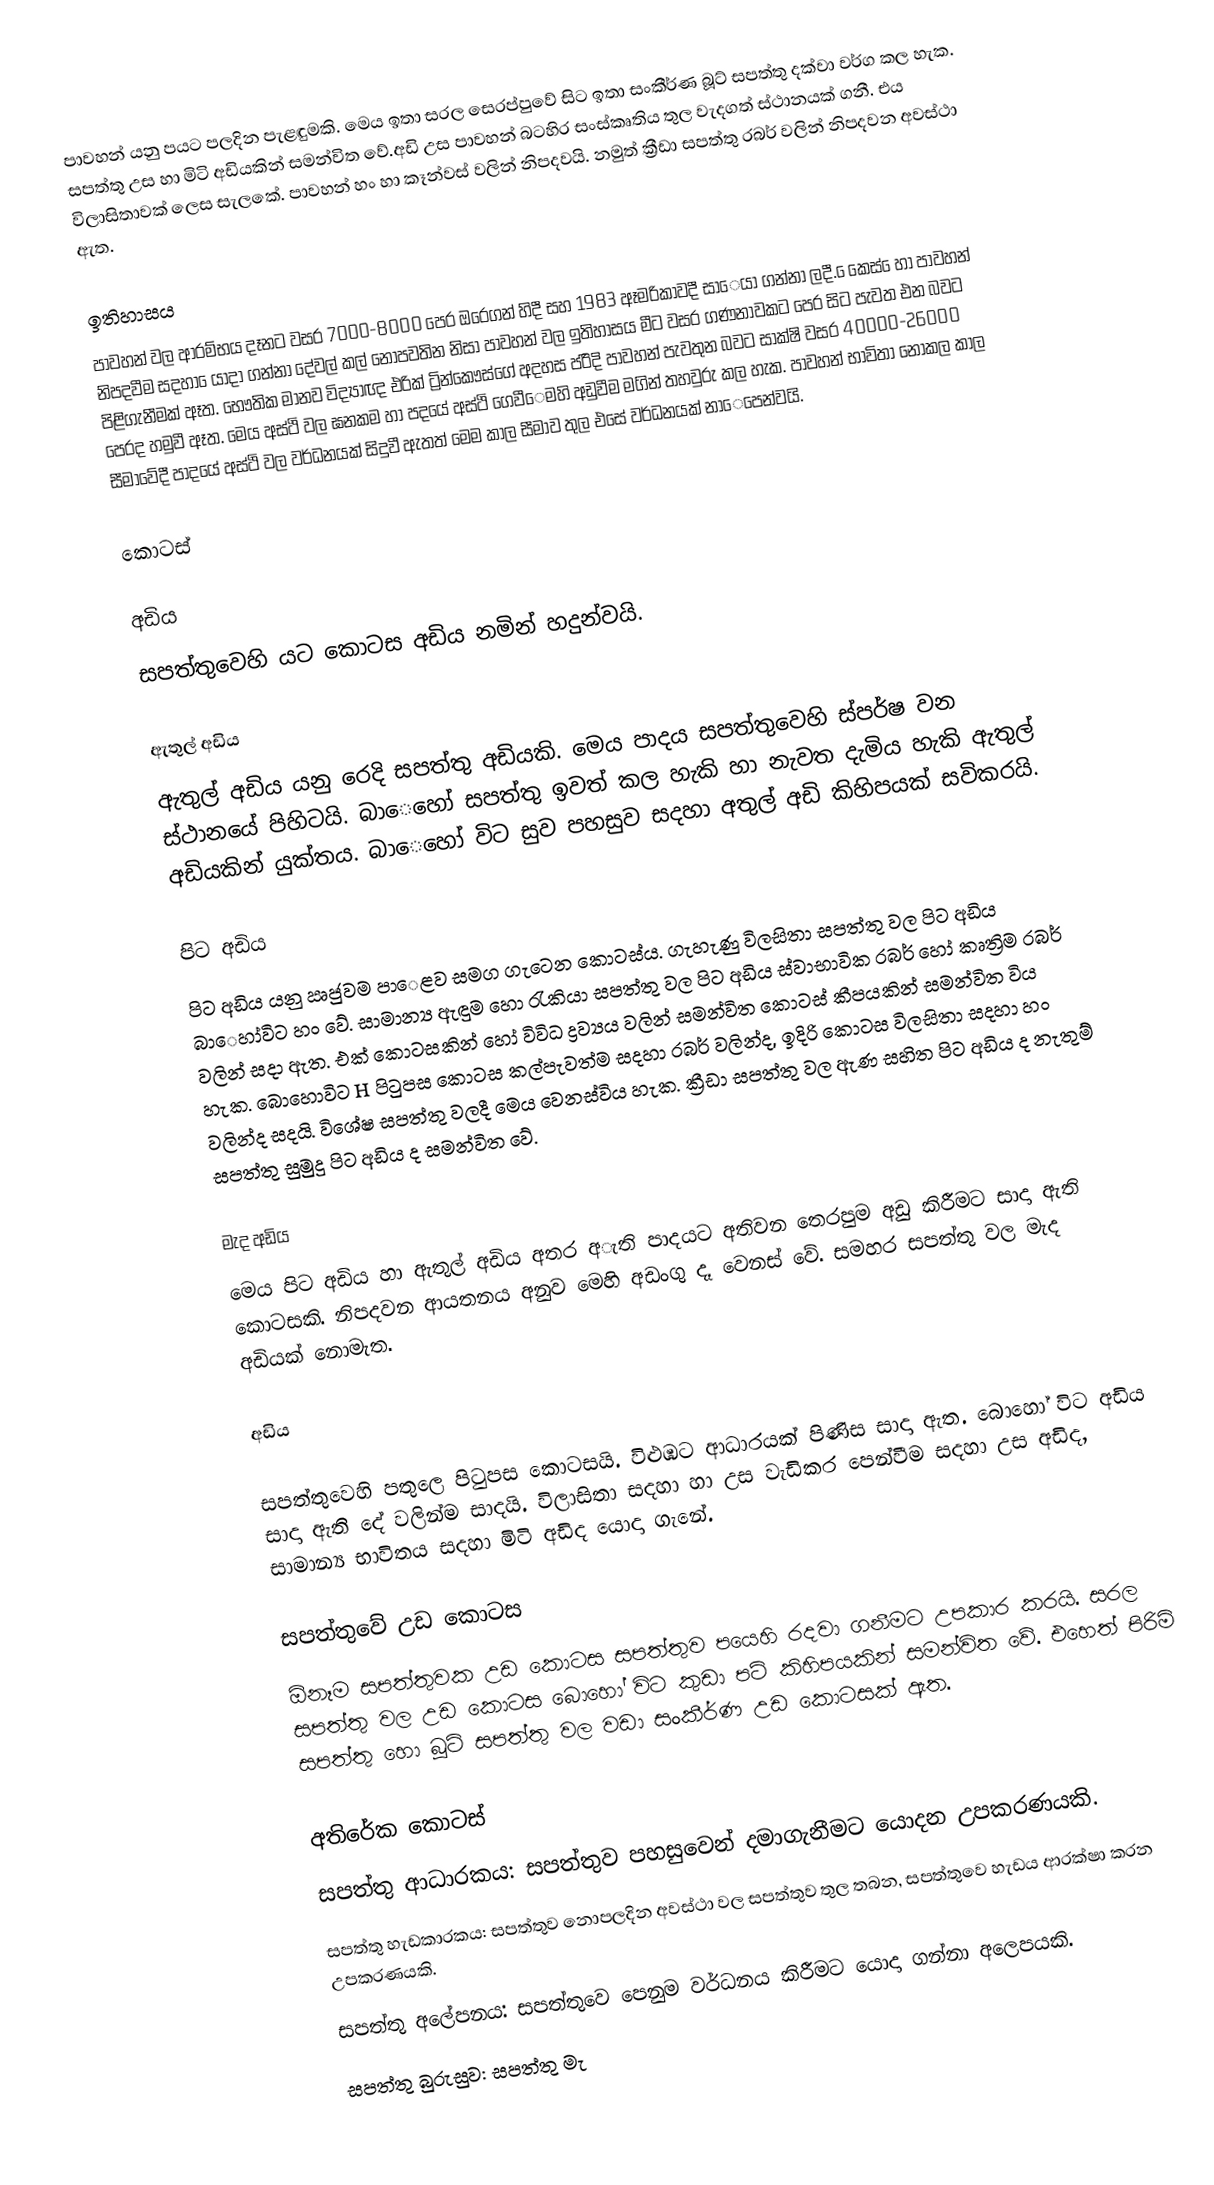
පාවහන් යනු පයට පලදින පැළඳුමකි. මෙය ඉතා සරල සෙරප්පුවේ සිට ඉතා සංකීර්ණ බූට් සපත්තු දක්වා වර්ග කල හැක. සපත්තු උස හා මිටි අඩියකින් සමන්විත වේ.අඩි උස පාවහන් බටහිර සංස්කෘතිය තුල වැදගත් ස්ථානයක් ගනී. එය විලාසිතාවක් ලෙස සැලකේ. පාවහන් හං හා කෑන්වස් වලින් නිපදවයි. නමුත් ක්‍රීඩා සපත්තු රබර් වලින් නිපදවන අවස්ථා ඇත.

ඉතිහාසය
පාවහන් වල ආරම්භය දෑනට වසර 7000-8000 පෙර ඔරෙගන් හිදී සහ 1983 ඈමරිකාවදී සාෙයා ගන්නා ලදී. ෙකෙස් ෙහා පාවහන් නිපදවීම සදහා ෙයාදා ගන්නා දේවල් කල් නොපවතින නිසා පාවහන් වල ඉතිහාසය මීට වසර ගණනාවකට පෙර සිට පැවත එන බවට පිළිගැනීමක් ඈත. භෞතික මානව විද්‍යාඥ එරික් ට්‍රින්කෞස්ගේ අදහස පරිිදි පාවහන් පැවතුන බවට සාක්ෂි වසර 40000-26000 පෙරද හමුවී ඈත. මෙය අස්ථි වල ඝනකම හා පදයේ අස්ථි ගෙවීෙමහි අඩුවීම මගින් තහවුරු කල හැක. පාවහන් භාවිතා නොකල කාල සීමාවේදී පාදයේ අස්ථි වල වර්ධනයක් සිදුවී ඇතත් මෙම කාල සීමාව තුල එසේ වර්ධනයක් නාෙපෙන්වයි.

කොටස්

අඩිය
සපත්තුවෙහි යට කොටස අඩිය නමින් හදුන්වයි.

ඇතුල් අඩිය
ඇතුල් අඩිය යනු රෙදි සපත්තු අඩියකි. මෙය පාදය සපත්තුවෙහි ස්පර්ෂ වන ස්ථානයේ පිහිටයි. බාෙහෝ සපත්තු ඉවත් කල හැකි හා නැවත දැමිය හැකි ඇතුල් අඩියකින් යුක්තය. බාෙහෝ විට සුව පහසුව සදහා අතුල් අඩි කිහිපයක් සවිකරයි.

පිට අඩිය
පිට අඩිය යනු ඍජුවම පාෙළව සමග ගැටෙන කොටස්ය. ගැහැණු විලසිතා සපත්තු වල පිට අඩිය බාෙහා්විට හං වේ. සාමාන්‍ය ඇඳුම හො රැකියා සපත්තු වල පිට අඩිය ස්වාභාවික රබර් හෝ කෘත්‍රිම රබර් වලින් සදා ඇත. එක් කොටසකින් හෝ විවිධ ද්‍රව්‍යය වලින් සමන්විත කොටස් කීපයකින් සමන්විත විය හැක. බොහොවිට H පිටුපස කොටස කල්පැවත්ම සදහා රබර් වලින්ද, ඉදිරි කොටස විලසිතා සදහා හං වලින්ද සදයි. විශේෂ සපත්තු වලදී මෙය වෙනස්විය හැක. ක්‍රීඩා සපත්තු වල ඇණ සහිත පිට අඩිය ද නැතුම් සපත්තු සුමුදු පිට අඩිය ද සමන්විත වේ.

මැද අඩිය
මෙය පිට අඩිය හා ඇතුල් අඩිය අතර අැති පාදයට අතිවන තෙරපුම අඩු කිරීමට සාදා ඇති කොටසකි. නිපදවන ආයතනය අනුව මෙහි අඩංගු දෑ වෙනස් වේ. සමහර සපත්තු වල මැද අඩියක් නොමැත.

අඩිය

සපත්තුවෙහි පතුලෙ පිටුපස කොටසයි. විළුඹට ආධාරයක් පිණිස සාදා ඇත. බොහෝ විට අඩිය සාදා ඇති දේ වලින්ම සාදයි. විලාසිතා සදහා හා උස වැඩිකර පෙන්වීම සදහා උස අඩිද, සාමාන්‍ය භාවිතය සදහා මිටි අඩිද යොදා ගැනේ.

සපත්තුවේ උඩ කොටස
ඕනෑම සපත්තුවක උඩ කොටස සපත්තුව පයෙහි රදවා ගනීමට උපකාර කරයි. සරල සපත්තු වල උඩ කොටස බොහෝ විට කුඩා පටි කිහිපයකින් සමන්විත වේ. එහෙත් පිරිමි සපත්තු හො බූට් සපත්තු වල වඩා සංකීර්ණ උඩ කොටසක් ඇත.

අතිරේක කොටස්
 සපත්තු ආධාරකය: 	සපත්තුව පහසුවෙන් දමාගැනීමට යොදන උපකරණයකි.
 සපත්තු හැඩකාරකය: සපත්තුව නොපලදින අවස්ථා වල සපත්තුව තුල තබන, සපත්තුවෙ හැඩය ආරක්ෂා කරන උපකරණයකි.
සපත්තු අලේපනය: සපත්තුවෙ පෙනුම වර්ධනය කිරීමට යොදා ගන්නා අලෙපයකි.
සපත්තු බුරුසුව: සපත්තු මැ